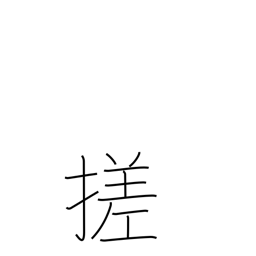
Meaning: braid